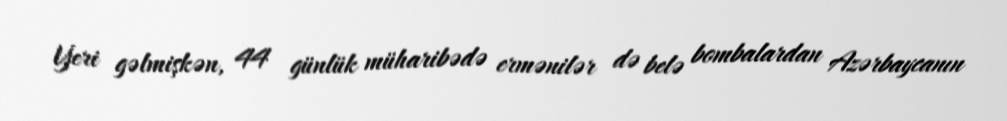
Yeri gəlmişkən, 44 günlük müharibədə ermənilər də belə bombalardan Azərbaycanın